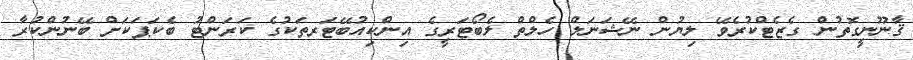
ޤާނޫނީގޮތުން ގެޒެޓްކުރެވޭ ލިޔުން ނޭޝަނަލް ހެލްތް ލެބޯޓަރީގެ އިންކިއުބޭޓަރތަކުގެ ކަރަންޓު ބެކަޕަކަށް ބޭނުންކުރާ